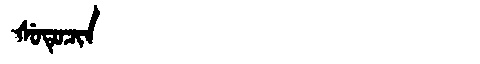
Manchu: ᡧᡠᡨᡠᠴᡳᠨ
Romanization: ŠUTUCIN